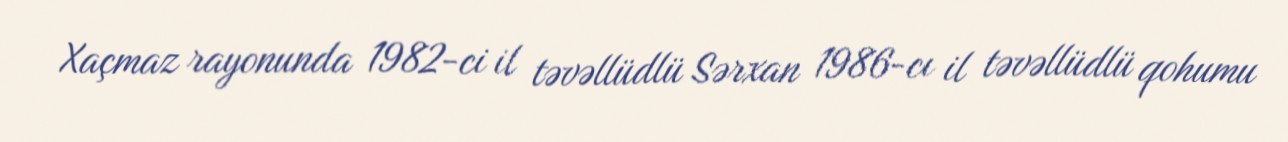
Xaçmaz rayonunda 1982-ci il təvəllüdlü Sərxan 1986-cı il təvəllüdlü qohumu